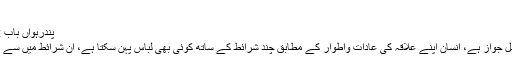
بخاری
پندرہواں باب : پینٹ وشرٹ اور کرتا وپائجامہ کا موازنہ :
جیساکہ بیان کیا جاچکا ہے کہ لباس میں اصل جواز ہے، انسان اپنے علاقہ کی عادات واطوار کے مطابق چند شرائط کے ساتھ کوئی بھی لباس پہن سکتا ہے، ان شرائط میں سے یہ بھی ہے کہ کفار ومشرکین کا لباس نہ ہو۔